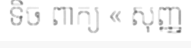
ទិច ពាក្យ « សុញ្ញ